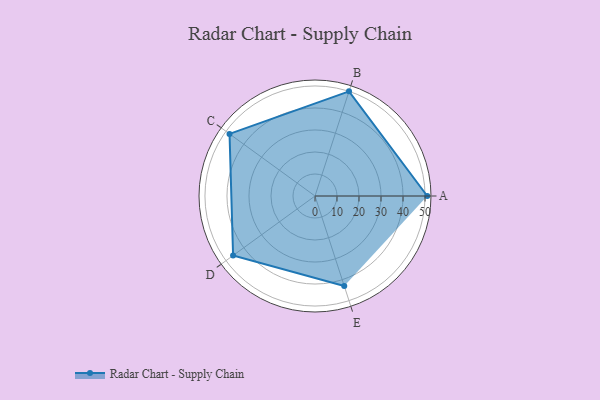
{"axis": {"x": "Skill", "y": "Score"}, "legend": ["Profile"], "data": [{"x": "A", "y": 51.0, "type": "Profile"}, {"x": "B", "y": 50.0, "type": "Profile"}, {"x": "C", "y": 48.0, "type": "Profile"}, {"x": "D", "y": 46.0, "type": "Profile"}, {"x": "E", "y": 43.0, "type": "Profile"}]}